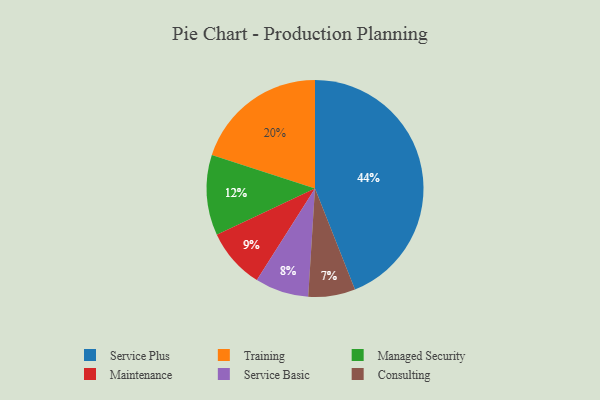
{"axis": {"x": "Category", "y": "Percentage"}, "legend": ["Consulting", "Maintenance", "Managed Security", "Service Basic", "Service Plus", "Training"], "data": [{"x": "Service Basic", "y": 8, "type": "Service Basic"}, {"x": "Service Plus", "y": 44, "type": "Service Plus"}, {"x": "Maintenance", "y": 9, "type": "Maintenance"}, {"x": "Managed Security", "y": 12, "type": "Managed Security"}, {"x": "Training", "y": 20, "type": "Training"}, {"x": "Consulting", "y": 7, "type": "Consulting"}]}